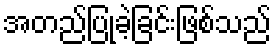
အတည်ပြုခဲ့ခြင်းဖြစ်သည်